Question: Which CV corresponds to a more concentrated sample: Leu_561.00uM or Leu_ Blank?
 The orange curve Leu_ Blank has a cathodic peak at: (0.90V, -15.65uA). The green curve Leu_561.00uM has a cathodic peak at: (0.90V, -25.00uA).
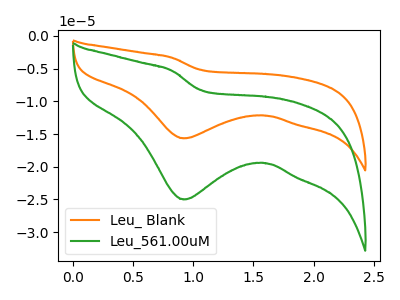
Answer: <think>All the peaks in "Leu_561.00uM" have a peak in "Leu_ Blank" at the same potential. Every peak in "Leu_561.00uM" is higher than every peak in "Leu_ Blank".
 </think>
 <answer>"Leu_561.00uM" has more signal than "Leu_ Blank" and so likely has a higher concentration.</answer>
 <eval>more_concentration</eval>